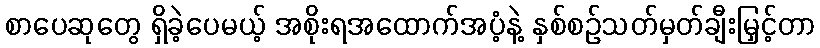
စာပေဆုတွေ ရှိခဲ့ပေမယ့် အစိုးရအထောက်အပံ့နဲ့ နှစ်စဉ်သတ်မှတ်ချီးမြှင့်တာ